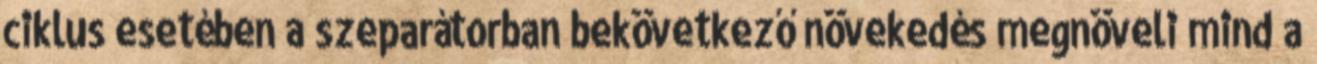
ciklus esetében a szeparátorban bekövetkező növekedés megnöveli mind a